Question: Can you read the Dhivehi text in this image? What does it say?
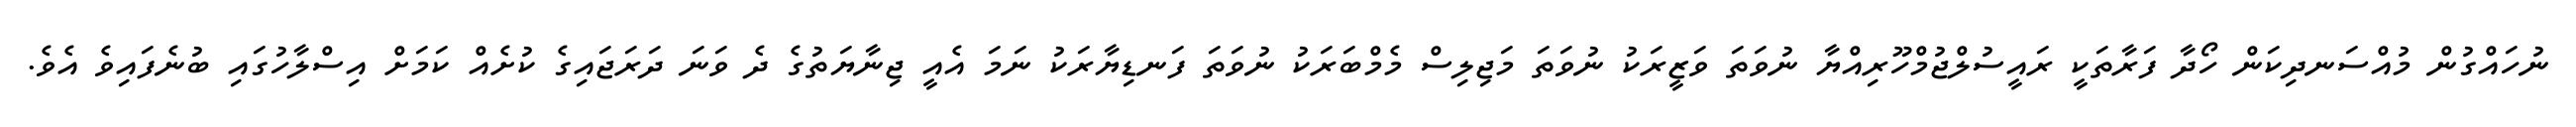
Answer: ނުހައްގުން މުއްސަނދިކަން ހޯދާ ފަރާތަކީ ރައީސުލްޖުމްހޫރިއްޔާ ނުވަތަ ވަޒީރަކު ނުވަތަ މަޖިލިސް މެމްބަރަކު ނުވަތަ ފަނޑިޔާރަކު ނަމަ އެއީ ޖިނާޔަތުގެ ދެ ވަނަ ދަރަޖައިގެ ކުށެއް ކަމަށް އިސްލާހުގައި ބުނެފައިވެ އެވެ.